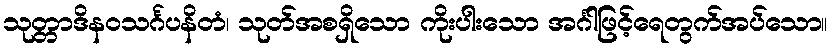
သုတ္တာဒိနဝသင်္ဂပနိတံ၊ သုတ်အစရှိသော ကိုးပါးသော အင်္ဂါဖြင့်ရေတွက်အပ်သော။